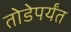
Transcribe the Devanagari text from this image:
तोडेपर्यंत